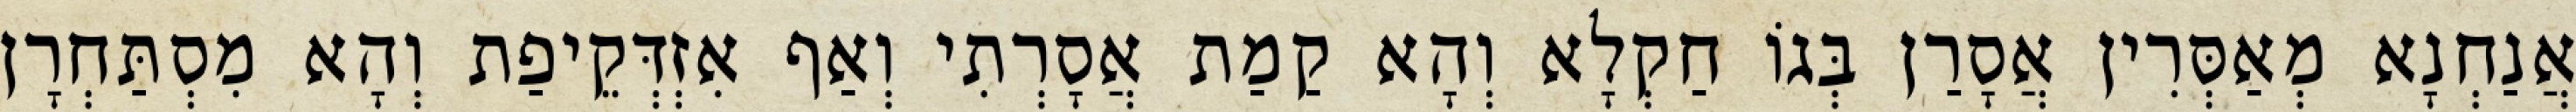
אֲנַחְנָא מְאַסְּרִין אֲסָרַן בְּגוֹ חַקְלָא וְהָא קַמַת אֲסָרְתִי וְאַף אִזְדְּקֵיפַת וְהָא מִסְתַּחְרָן